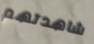
شاهدتهم